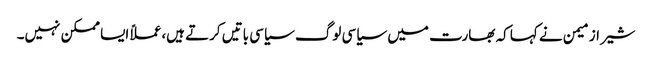
شیراز میمن نے کہا کہ بھارت میں سیاسی لوگ سیاسی باتیں کرتے ہیں،عملاً ایسا ممکن نہیں۔